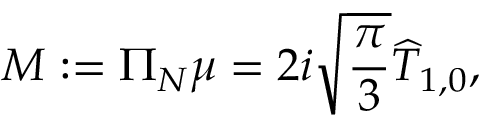
M : = \Pi _ { N } \mu = 2 i \sqrt { \frac { \pi } { 3 } } \widehat { T } _ { 1 , 0 } ,